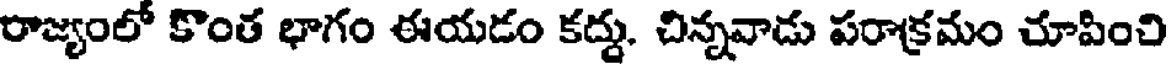
రాజ్యంలో కొంత భాగం ఈయడం కద్దు. చిన్నవాడు పరాక్రమం చూపించి